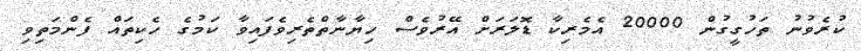
ކުރެވުނު ތަހުގީގުން 20000 އެމެރިކާ ޑޮލަރަށް އޭރުވެސް ހިޔާނާތްތެރިވެފައިވާ ކަމުގެ ހެކިތައް ފެންމަތިވި